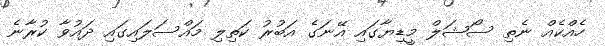
ހެއްކެއް ނެތި ސޯޝަލް މީޑިޔާގައި އޭނަގެ އަބުރު ކަތިލި މައްސަލައިގައި ދައުވާ ކުރާނެ